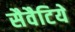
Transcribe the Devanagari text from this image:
सैवैटिये